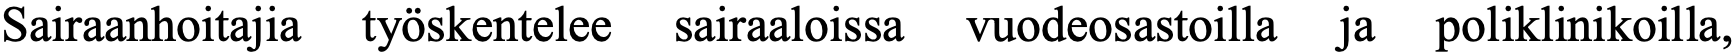
Sairaanhoitajia työskentelee sairaaloissa vuodeosastoilla ja poliklinikoilla,